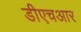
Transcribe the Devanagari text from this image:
डीएचआर